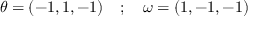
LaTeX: \theta = ( - 1 , 1 , - 1 ) \quad ; \quad \omega = ( 1 , - 1 , - 1 )